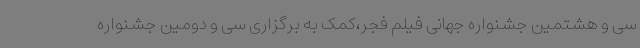
سی و هشتمین جشنواره جهانی فیلم فجر،کمک به برگزاری سی و دومین جشنواره